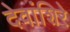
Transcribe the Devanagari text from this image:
देवांशिरे